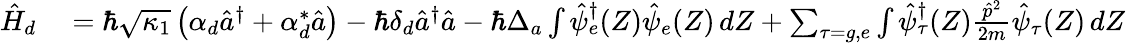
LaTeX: \begin{array}{rl}{\hat{H}_{d}}&{{}=\hbar\sqrt{\kappa_{1}}\left(\alpha_{d}\hat{a}^{\dagger}+\alpha_{d}^{*}\hat{a}\right)-\hbar\delta_{d}\hat{a}^{\dagger}\hat{a}-\hbar\Delta_{a}\int\hat{\psi}_{e}^{\dagger}(Z)\hat{\psi}_{e}(Z)\, dZ+\sum_{\tau=g,e}\int\hat{\psi}_{\tau}^{\dagger}(Z)\frac{\hat{p}^{2}}{2m}\hat{\psi}_{\tau}(Z)\, dZ}\end{array}